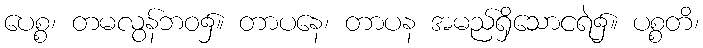
ပေစ္စ၊ တမလွန်ဘဝ၌။ တာပနေ၊ တာပန အမည်ရှိသောငရဲ၌။ ပစ္စတိ၊